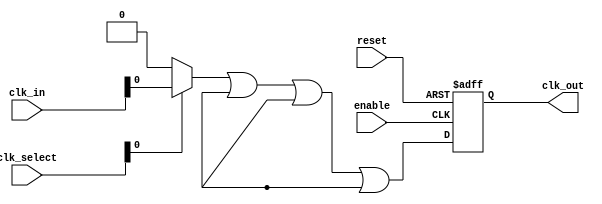
module ClockMultiplexerBuffer #(
    parameter NUM_CLOCKS = 4 // Number of clock inputs
)(
    input  wire [NUM_CLOCKS-1:0] clk_in,       // Clock inputs
    input  wire [NUM_CLOCKS-1:0] clk_select,   // Clock select signals (one-hot encoded)
    input  wire enable,                         // Enable signal for clock output
    input  wire reset,                          // Asynchronous reset
    output reg  clk_out                         // Buffered clock output
);

// Internal signal to hold the selected clock
wire selected_clk;
reg [NUM_CLOCKS-1:0] clk_select_reg;

// Select the clock based on clk_select signal
generate
    genvar i;
    for (i = 0; i < NUM_CLOCKS; i = i + 1) begin : clock_selection
        assign selected_clk[i] = clk_select[i] ? clk_in[i] : 1'b0;
    end
endgenerate

// Clock output buffering and control logic
always @(posedge reset or posedge enable) begin
    if (reset) begin
        clk_out <= 1'b0; // Reset the output clock
    end else if (enable) begin
        // Select the clock with a simple priority encoder
        clk_select_reg <= clk_select; // Register the select signals
        clk_out <= selected_clk[0] | selected_clk[1] | selected_clk[2] | selected_clk[3];
    end else begin
        clk_out <= 1'b0; // Disable clock output
    end
end

endmodule